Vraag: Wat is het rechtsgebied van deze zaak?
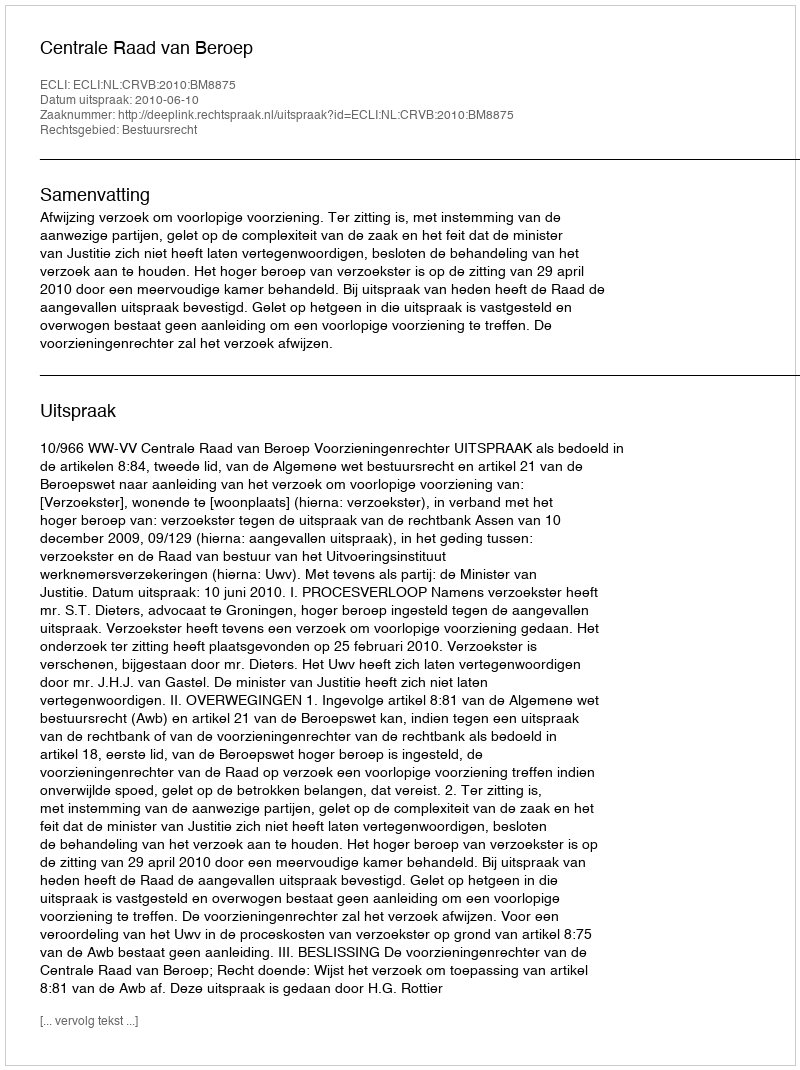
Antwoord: Bestuursrecht